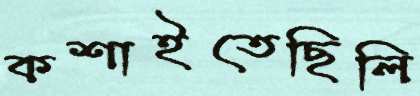
কশাইতেছিলি